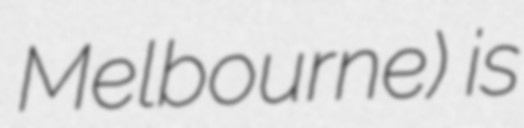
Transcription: Melbourne) is